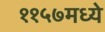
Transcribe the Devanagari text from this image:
११५७मध्ये